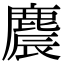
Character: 麎